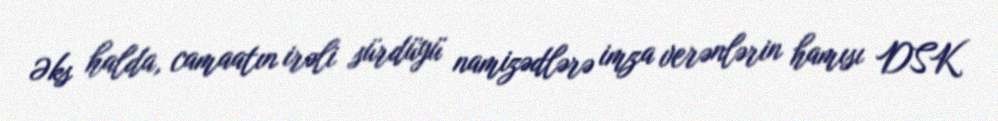
Əks halda, camaatın irəli sürdüyü namizədlərə imza verənlərin hamısı DSK